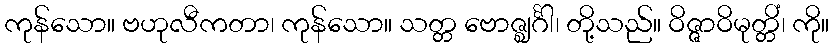
ကုန်သော။ ဗဟုလီကတာ၊ ကုန်သော။ သတ္တ ဗောဇ္ဈင်္ဂါ၊ တို့သည်။ ဝိဇ္ဇာဝိမုတ္တိံ၊ ကို။